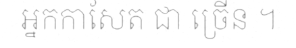
អ្នកកាសែត ជា ច្រើន ។